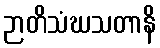
ဉာတိသံဃသတာနိ